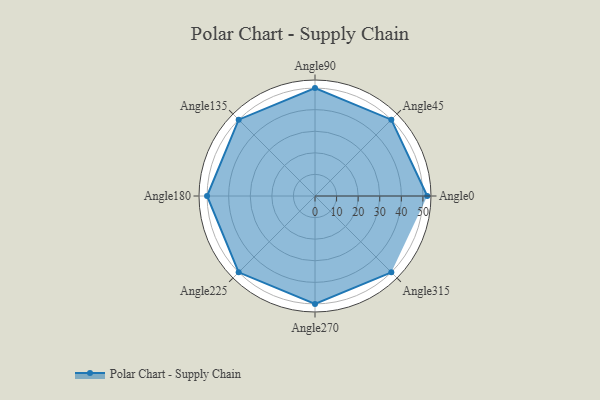
{"axis": {"x": "Angle", "y": "Radius"}, "legend": [""], "data": [{"x": "Angle0", "y": 52.0, "type": ""}, {"x": "Angle45", "y": 50, "type": ""}, {"x": "Angle90", "y": 50, "type": ""}, {"x": "Angle135", "y": 50, "type": ""}, {"x": "Angle180", "y": 50, "type": ""}, {"x": "Angle225", "y": 50, "type": ""}, {"x": "Angle270", "y": 50, "type": ""}, {"x": "Angle315", "y": 50, "type": ""}]}